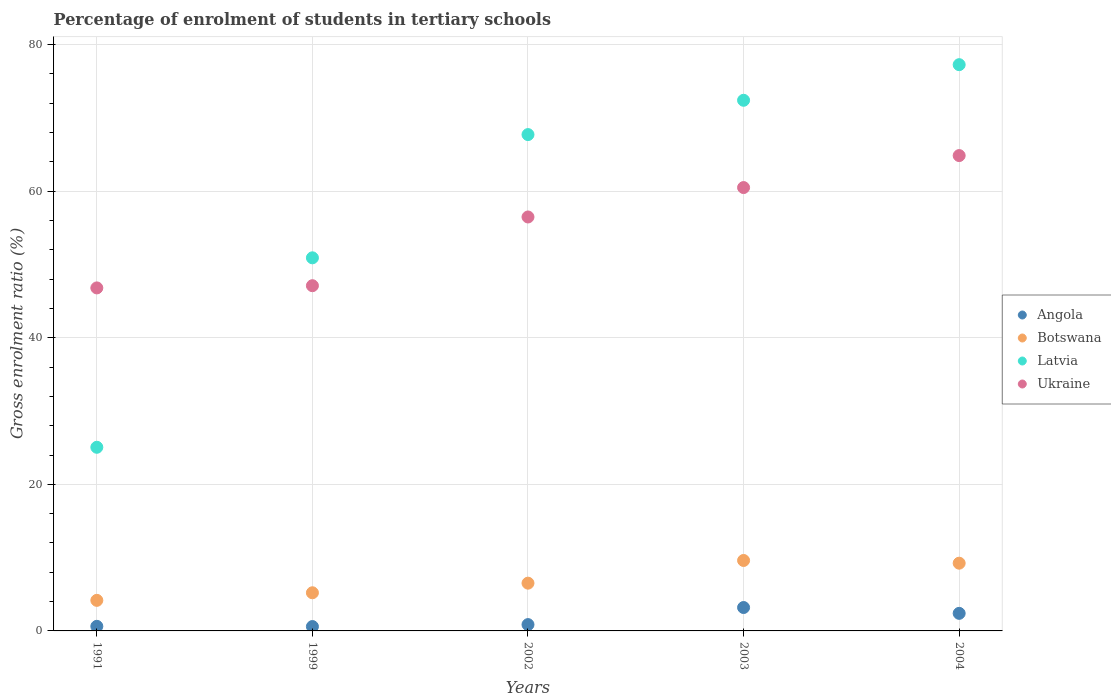
| Years | Angola | Botswana | Latvia | Ukraine |
 | --- | --- | --- | --- | --- |
 | 1991 | 0.626 | 4.17 | 25.1 | 46.8 |
 | 1999 | 0.596 | 5.21 | 50.9 | 47.1 |
 | 2002 | 0.864 | 6.52 | 67.7 | 56.5 |
 | 2003 | 3.19 | 9.61 | 72.4 | 60.5 |
 | 2004 | 2.4 | 9.24 | 77.3 | 64.9 |